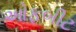
ઓફબીટ